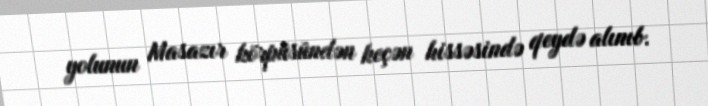
yolunun Masazır körpüsündən keçən hissəsində qeydə alınıb.